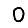
Digit: 0